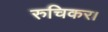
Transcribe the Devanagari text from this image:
रुचिकर।